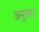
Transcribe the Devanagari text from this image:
अनुरत्त।